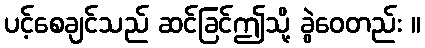
ပင့်စေချင်သည် ဆင်ခြင်ဤသို့ ခွဲဝေတည်း ။